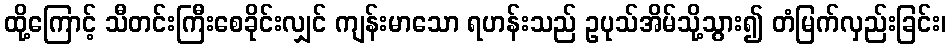
ထို့ကြောင့် သီတင်းကြီးစေခိုင်းလျှင် ကျန်းမာသော ရဟန်းသည် ဥပုသ်အိမ်သို့သွား၍ တံမြက်လှည်းခြင်း၊